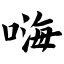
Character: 嗨